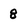
Character: 8